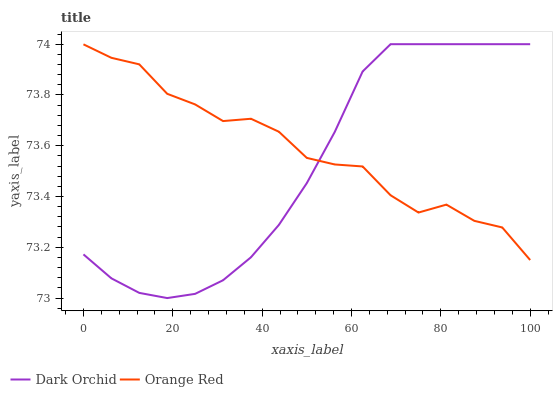
| xaxis_label | Dark Orchid | Orange Red |
 | --- | --- | --- |
 | 0 | 73.2 | 74 |
 | 6.25 | 73.1 | 73.9 |
 | 12.5 | 73 | 73.9 |
 | 18.8 | 73 | 73.8 |
 | 25 | 73 | 73.8 |
 | 31.2 | 73.1 | 73.7 |
 | 37.5 | 73.2 | 73.7 |
 | 43.8 | 73.3 | 73.7 |
 | 50 | 73.5 | 73.6 |
 | 56.2 | 73.7 | 73.5 |
 | 62.5 | 73.9 | 73.5 |
 | 68.8 | 74 | 73.4 |
 | 75 | 74 | 73.3 |
 | 81.2 | 74 | 73.4 |
 | 87.5 | 74 | 73.3 |
 | 93.8 | 74 | 73.3 |
 | 100 | 74 | 73.1 |